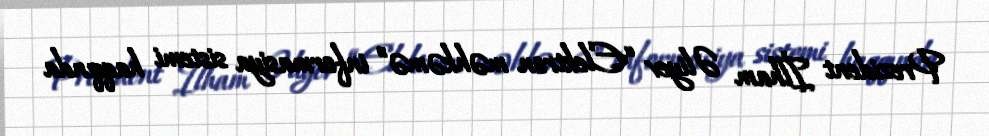
Prezident İlham Əliyev “Elektron məhkəmə” informasiya sistemi haqqında